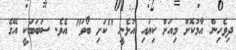
ދިވެހިން އާމުކޮށް މިއަށް ކިޔައި އުޅެނީ "ކަށި ބޯވަ" އެވެ. ސަބަބަކީ އޭގެ